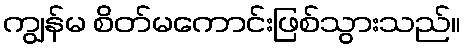
ကျွန်မ စိတ်မကောင်းဖြစ်သွားသည်။